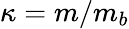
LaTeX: \kappa=m/m_{b}